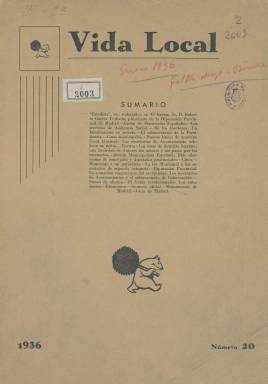
Título: Vida local
Colección: Administración local || Guerra civil
Ámbito geográfico: Madrid
Lugar de publicación: Madrid
Fechas: 30/01/1936-11/08/1937